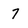
Character: 7